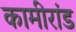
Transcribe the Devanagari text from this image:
कामीरांड